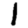
Digit: 1